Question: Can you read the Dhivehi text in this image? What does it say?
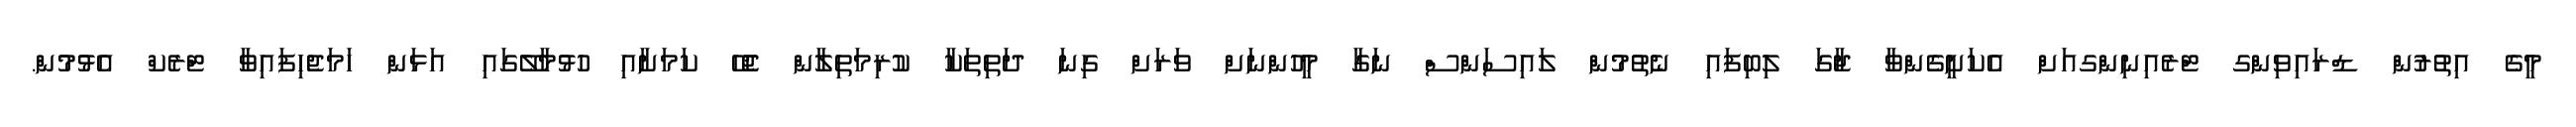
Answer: މީގެ އިތުރުން ޑްރައިވިންގ ޓްރެއިނިންގއަށް އެކަށީގެންވާ ޖާގަ ލިބިފައި ނެތުމުން ލައިސަންސް ނަގާ މީހުންނަށް ވަރަށް ގިނަ ދަތިތަކާ ކުރިމަތިލާން ޖެހޭ ކަމަށާއި ހުޅުމާލޭގައި އަޅަން ހަމަޖެހިފައިވާ ޓްރެކް އެޅުމުން.